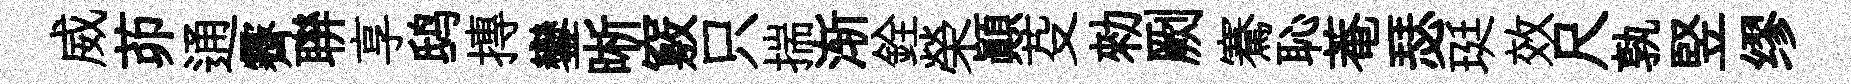
威茆通霽聨享鸱摶鑾晰竅只揣渐銓榮顚芟勑劂騫恥菴瑟珽效尺孰竪缪